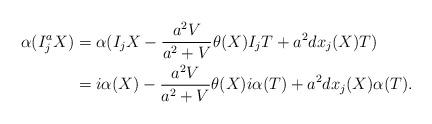
LaTeX: \begin{align*}\alpha(I_j^aX)&=\alpha(I_jX-\frac{a^2V}{a^2+V}\theta(X)I_jT+a^2dx_j(X)T)\\ &=i\alpha(X)-\frac{a^2V}{a^2+V}\theta(X)i\alpha(T)+a^2dx_j(X)\alpha(T).\end{align*}